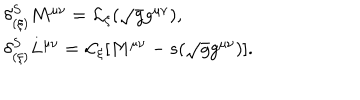
LaTeX: \begin{array} { l l } { { \delta _ { ( \xi ) } ^ { S } M ^ { \mu \nu } = { \cal L } _ { \xi } ( \sqrt { g } g ^ { \mu \nu } ) , } } & { { } } \\ { { \delta _ { ( \xi ) } ^ { S } L ^ { \mu \nu } = { \cal L } _ { \xi } \lbrack M ^ { \mu \nu } - s ( \sqrt { g } g ^ { \mu \nu } ) \rbrack . } } \\ \end{array}